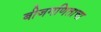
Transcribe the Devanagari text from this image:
बीजगणिताचा